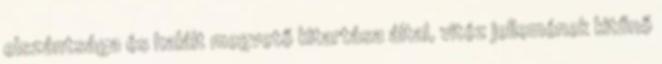
elszántsága és halált megvető kitartása által, vitéz jellemének kitűnő